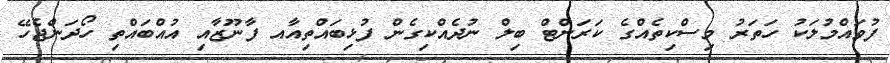
ފުވައްމުލަކު ހަތަރު މިސްކިތެއްގެ ކަރަންޓް ބިލް ނުދެއްކިގެން ފުޅިބައްތިއާއ ފާނޫޒާއި އުއްބައްތި ހޯދަންޖެހޭ